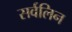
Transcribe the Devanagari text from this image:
सर्वलिन